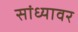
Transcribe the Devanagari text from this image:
सांध्यावर